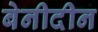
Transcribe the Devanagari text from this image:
बेनीदीन